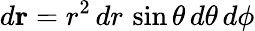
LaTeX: d\mathbf{r}=r^{2}\, dr\, \sin\theta\, d\theta\, d\phi